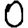
Digit: 0